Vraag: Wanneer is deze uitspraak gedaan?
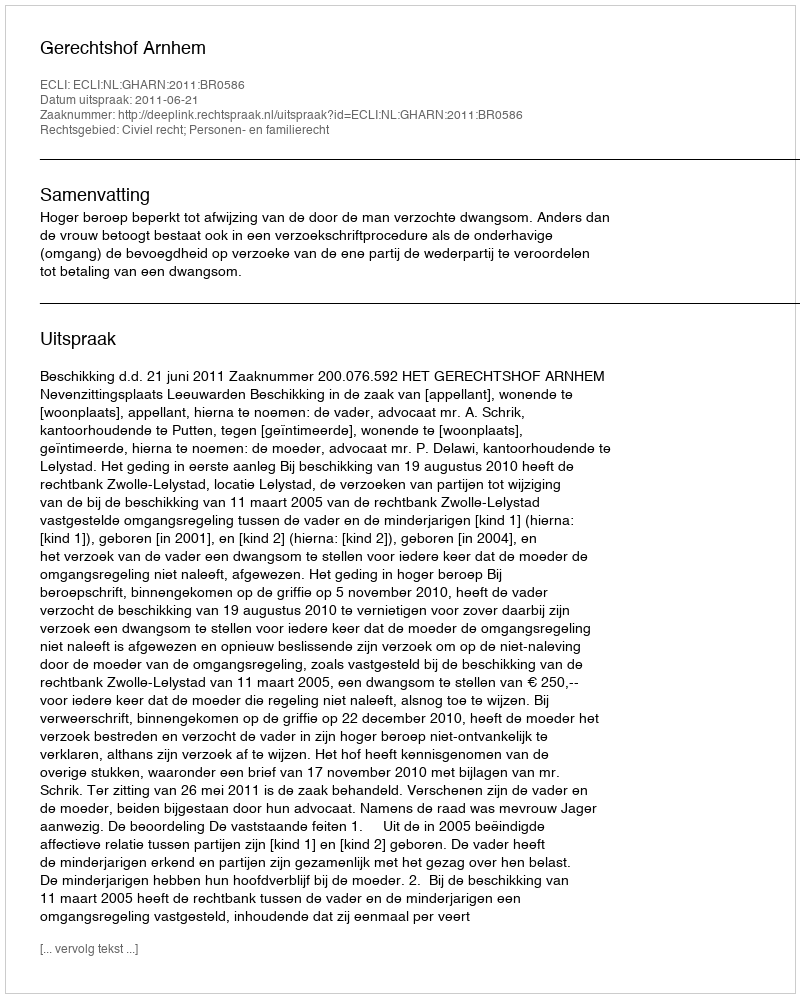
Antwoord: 2011-06-21